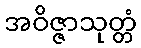
အဝိဇ္ဇာသုတ္တံ